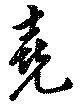
堯